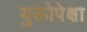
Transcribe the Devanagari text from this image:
युक्तोपेक्षा